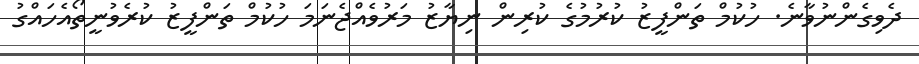
ދެވިގެންނުވާނެ. ހުކުމް ތަންފީޒު ކުރުމުގެ ކުރިން ނިޔާޒު މަރުވެއްޖެނަމަ ހުކުމް ތަންފީޒު ކުރެވުނީތޯއެހައްގު